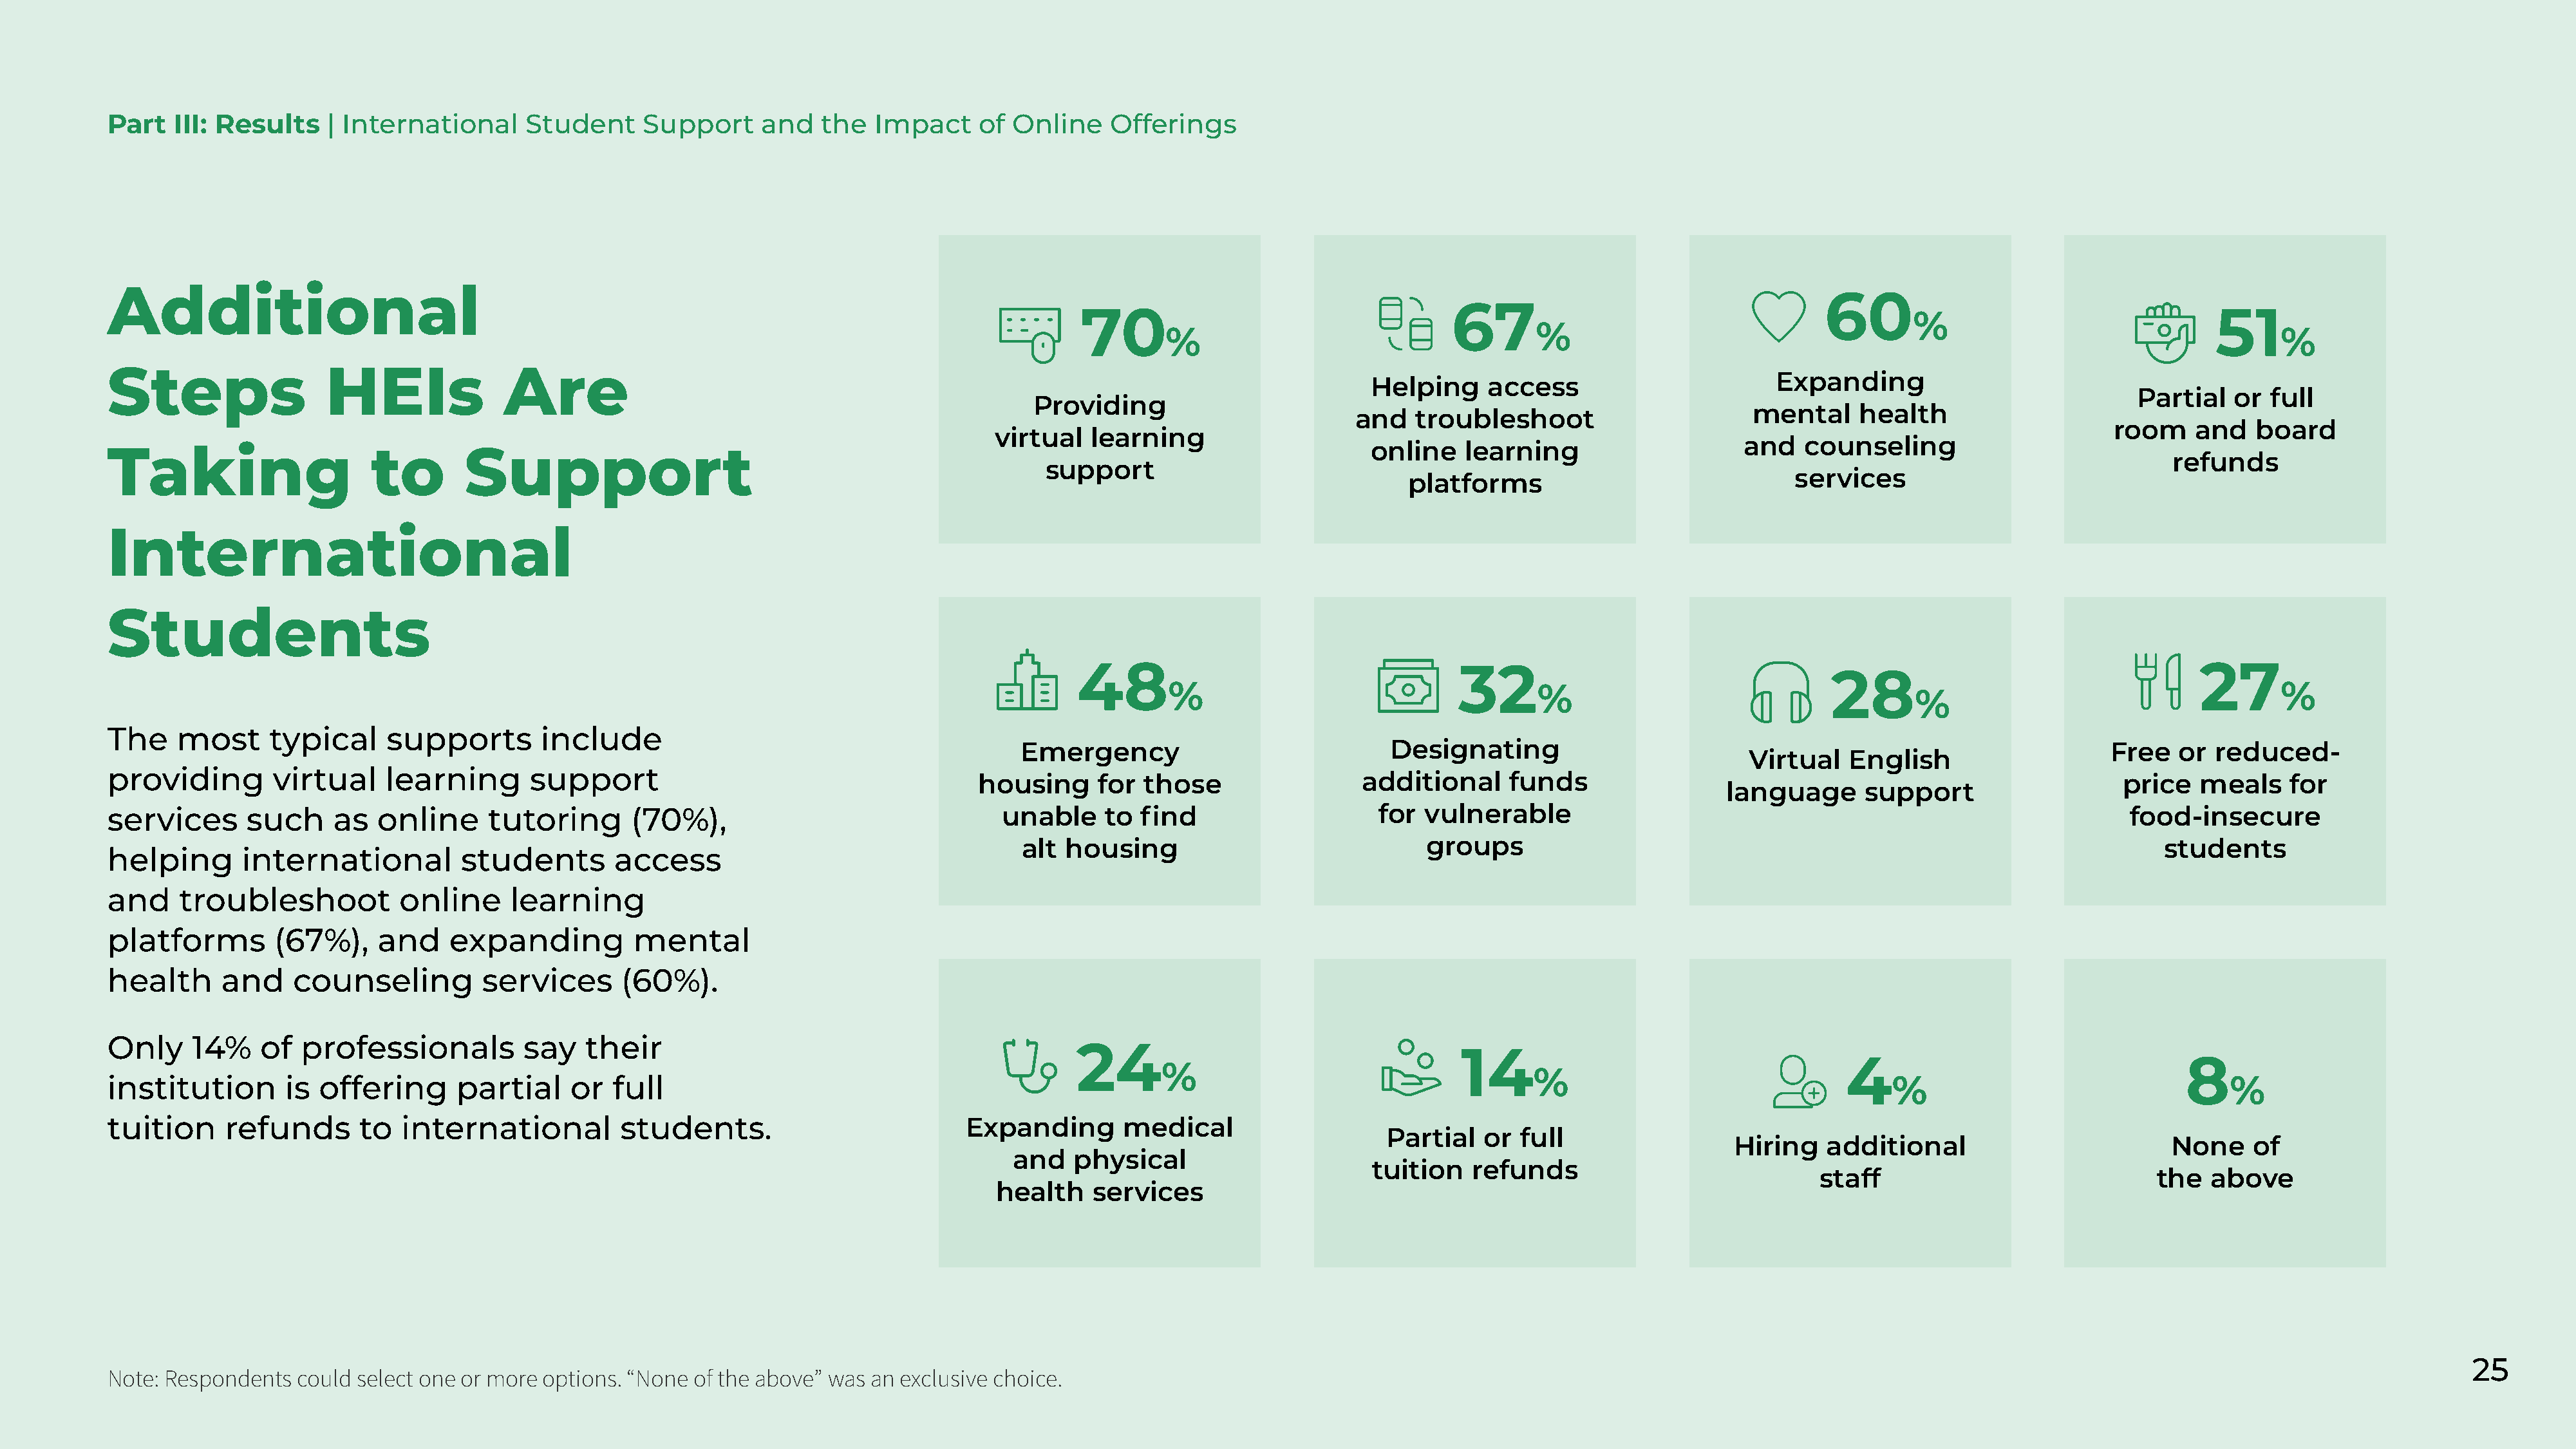
Part   III: Results    | International     Student     Support     and   the   Impact     of Online    Offerings
 Additional
 60
 67
 70                                                                                    %                              51
 %
 %                                                                                                                 %
 Steps                 HEIs               Are
 Expanding
 Helping     access
 Partial   or full
 Providing
 mental     health
 and    troubleshoot
 room     and   board
 virtual   learning
 and   counseling
 online    learning
 Taking                     to        Support
 refunds
 support
 services
 platforms
 International
 Students
 48                                     32                                                                          27
 28
 %                                     %                                                                           %
 %
 The    most      typical     supports        include
 Emergency                             Designating                                                               Free   or  reduced-
 Virtual   English
 providing        virtual     learning      support                                        housing     for  those                 additional     funds                                                          price   meals    for
 language       support
 services      such     as   online     tutoring       (70%),                                unable     to find                     for vulnerable                                                               food-insecure
 alt  housing                              groups                                                                     students
 helping       international         students        access
 and    troubleshoot           online     learning
 platforms        (67%),     and    expanding          mental
 health      and    counseling          services      (60%).
 Only     14%    of  professionals          say   their
 24
 14
 4                                  8
 %
 %
 institution       is  offering      partial     or  full                                                                                                                                %                                 %
 tuition     refunds       to  international          students.                          Expanding       medical
 Partial   or full
 Hiring    additional                         None     of
 and   physical
 tuition   refunds
 staff                              the  above
 health    services
 25
 Note: Respondents   could select one or more options. “None of the above” was  an exclusive choice.